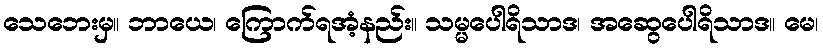
သေဘေးမှ။ ဘာယေ၊ ကြောက်ရအံ့နည်း။ သမ္မပေါရိသာဒ၊ အဆွေပေါရိသာဒ။ မေ၊